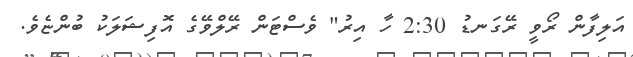
އަލިފާން ރޯވީ ރޭގަނޑު 2:30 ހާ އިރު" ވެސްޓަން ރޭލްވޭގެ އޮފިޝަލަކު ބުންޏެވެ.